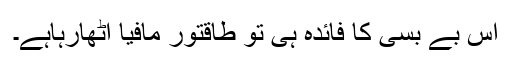
اس بے بسی کا فائدہ ہی تو طاقتور مافیا اٹھارہاہے۔